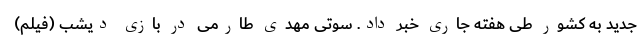
جدید به کشور طی هفته جاری خبر داد. سوتی مهدی طارمی در بازی دیشب (فیلم)